Civil Veterinary Dept. North-West Frontier Province 1923-32 - 1923-1932
Year: 1923
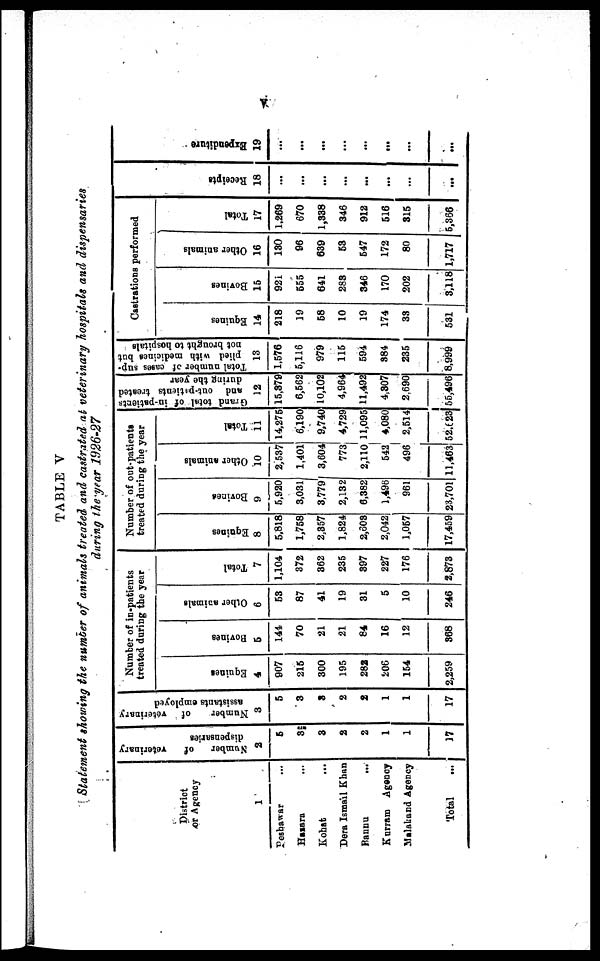
v
TABLE V
Statement showing the number of animals treated and castrated at veterinary hospitals and dispensaries
during the year 1926-27
District
or Agency
1
Peshawar ...
Hazara ...
Kohat ...
Dera Ismail Khan
Rannu ...
Kurram Agency
Malakand Agency
Total ...
Number
of
veterinary
dispensaries
2
5
3
3
2
2
1
1
17
Number of veterinary
assistants employed
3
5
3
3
2
2
1
1
17
Number of in-patients
treated during the year
Equines
4
907
215
300
195
282
206
154
2,259
Bovines
5
144
70
21
21
84
16
12
368
Other animals
6
53
87
41
19
31
5
10
246
Total
7
1,104
372
362
235
397
227
176
2,873
Number of out-patients
treated during the year
Equines
8
5,818
1,758
2,357
1,824
2,603
2,042
1,057
17,459
Bovines
9
5,920
3,031
3,779
2,132
6,382
1,496
961
23,701
Other animals
10
2,537
1,401
3,604
773
2,110
542
496
11,463
Total
11
14,275
6,190
9,740
4,729
11,095
4,080
2,514
52,623
Grand total of in-patients
and out-petients treated
during the year
12
15,379
6,562
10,102
4,964
11,492
4,307
2,690
56,496
Total number of cases sup-
plied with medicines but
not brought to hospitals
13
1,576
5,116
979
115
594
384
235
8,999
Castrations performed
Equines
14
218
19
58
10
19
174
33
531
Bovines
15
921
555
641
283
346
170
202
3,118
Other animals
16
180
96
639
53
547
172
80
1,717
Total
17
1,269
670
1,338
346
912
516
315
5,366
Receipts
18
...
...
...
...
...
...
...
...
Expenditure
19
...
...
...
...
...
...
...
...